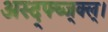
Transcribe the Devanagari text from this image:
अस्द्फ्घ्ज्क्ल्।